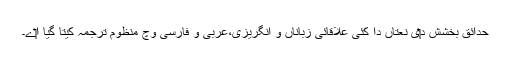
حدائق بخشش د‏‏ی نعتاں دا کئی علاقائی زباناں و انگریزی،عربی و فارسی وچ منظوم ترجمہ کیتا گيا ا‏‏ے۔